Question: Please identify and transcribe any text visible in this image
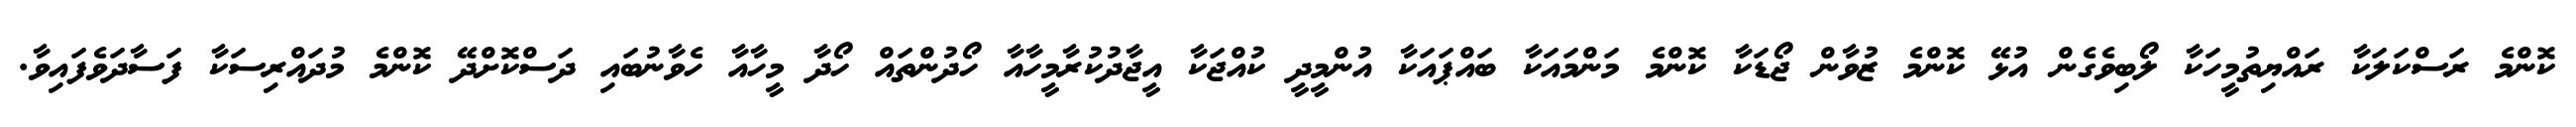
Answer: ކޮންމެ ރަސްކަލަކާ ރައްޔިތުމީހަކާ ލޯބިވެގެން އުޅޭ ކޮންމެ ޒުވާން ޖޯޑަކާ ކޮންމެ މަންމައަކާ ބައްޕައަކާ އުންމީދީ ކުއްޖަކާ އީޖާދުކުރާމީހާއާ ހޯދުންތައް ހޯދާ މީހާއާ ހެވާނުބައި ދަސްކޮށްދޭ ކޮންމެ މުދައްރިސަކާ ފަސާދަވެފައިވާ.